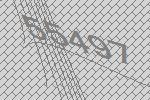
55497